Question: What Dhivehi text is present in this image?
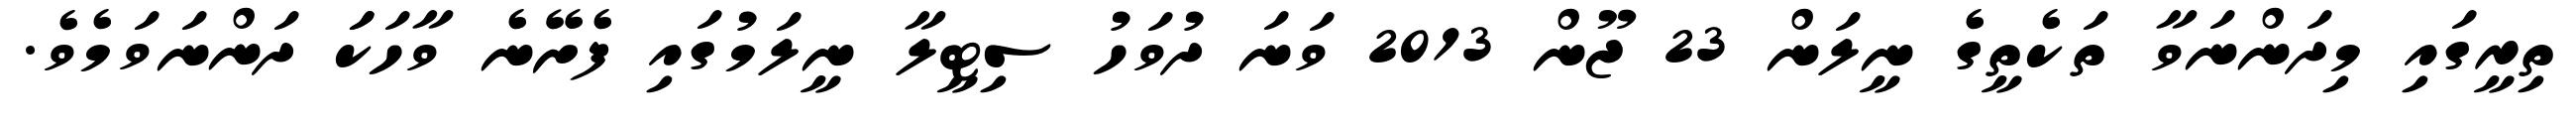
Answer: ތިރީގައި މިދަންނަވާ ތަކެތީގެ ނީލަން 23 ޖޫން 2013 ވަނަ ދުވަހު ސިޓީލާ ނީލަމުގައި ފެށޭނެ ވާހަކަަ ދަންނަވަމެވެ.